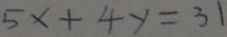
5 x + 4 y = 3 1